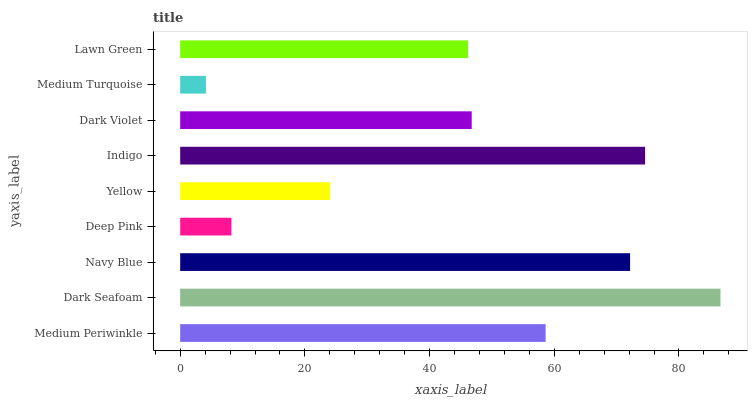
| yaxis_label | bars |
 | --- | --- |
 | Medium Periwinkle | 58.6 |
 | Dark Seafoam | 86.7 |
 | Navy Blue | 72.2 |
 | Deep Pink | 8.2 |
 | Yellow | 24.1 |
 | Indigo | 74.6 |
 | Dark Violet | 46.8 |
 | Medium Turquoise | 4.13 |
 | Lawn Green | 46.2 |